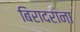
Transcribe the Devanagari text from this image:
बिरादराना